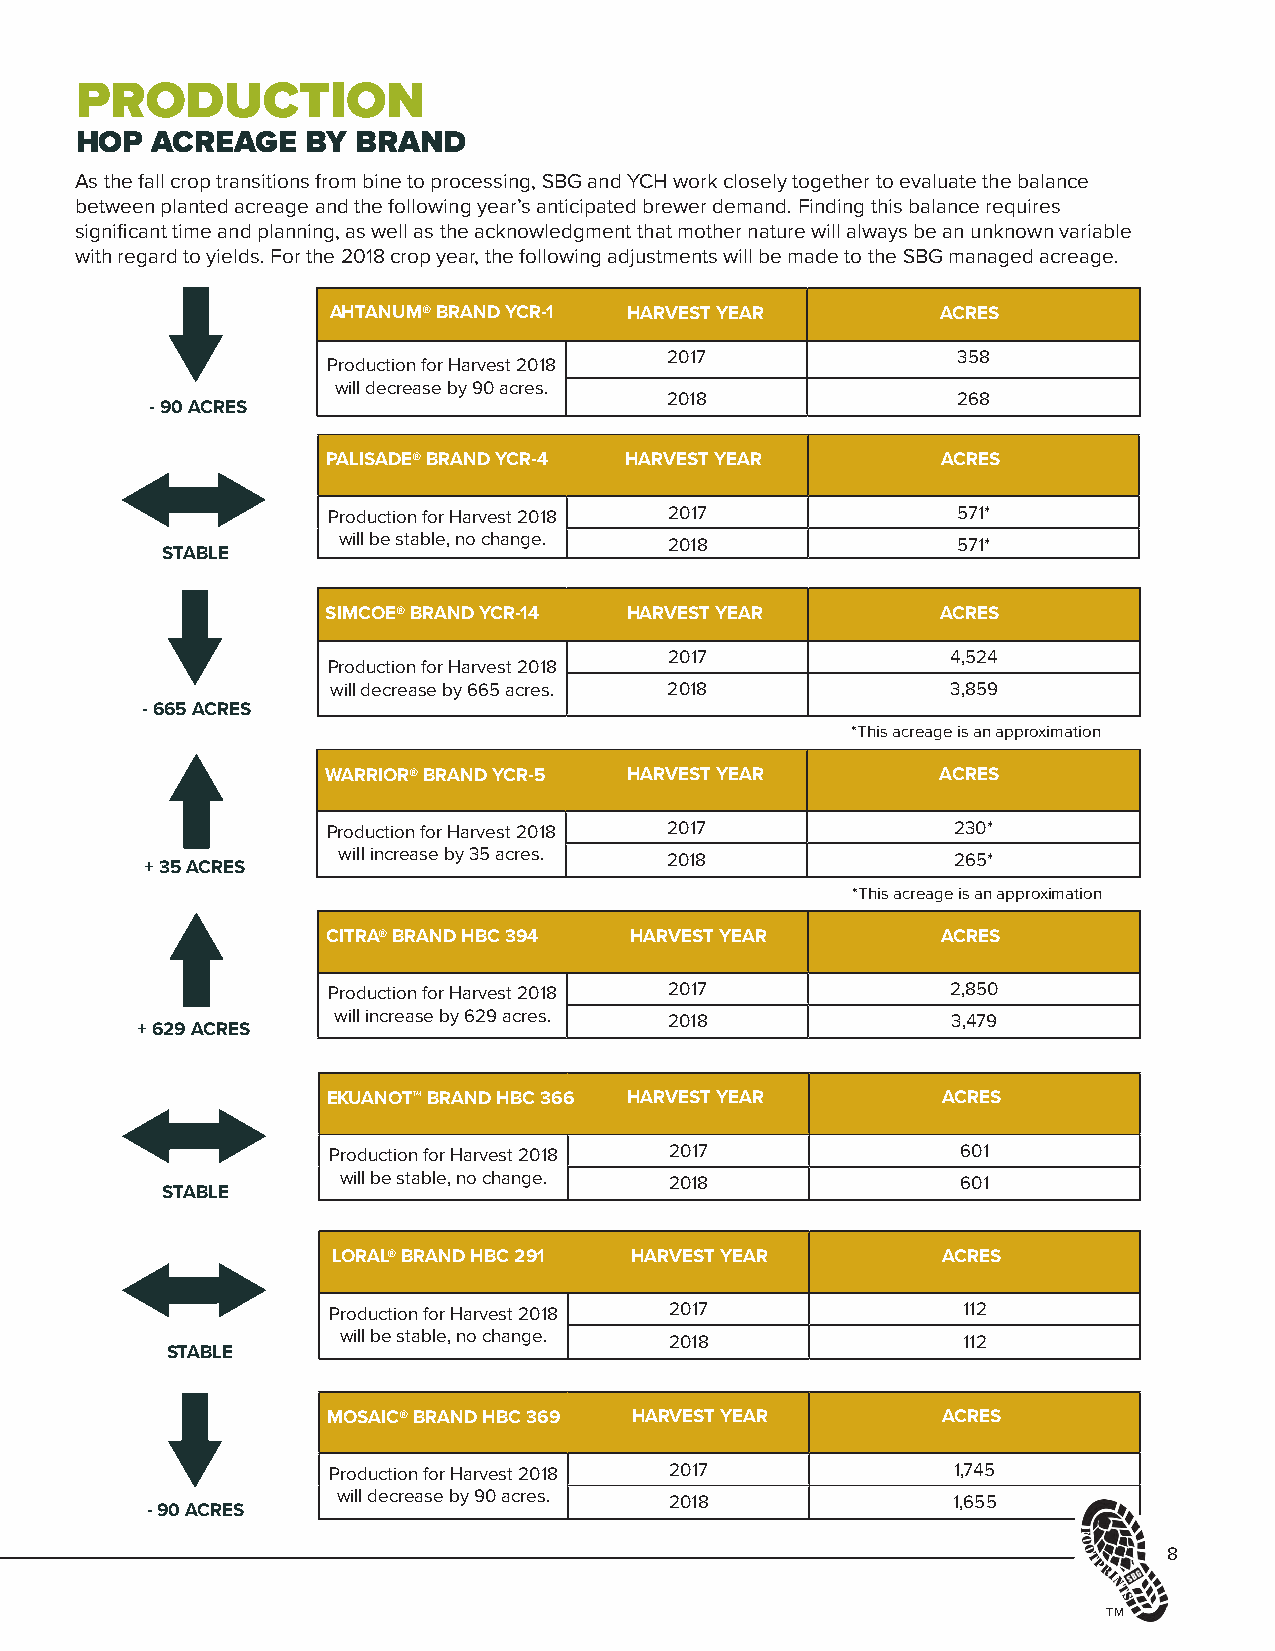
PRODUCTION
 HOP  ACREAGE   BY BRAND
 As the fall crop transitions from bine to processing, SBG and YCH work closely together to evaluate the balance
 between planted acreage and the following year’s anticipated brewer demand. Finding this balance requires
 significant time and planning, as well as the acknowledgment that mother nature will always be an unknown variable
 with regard to yields. For the 2018 crop year, the following adjustments will be made to the SBG managed acreage.
 AHTANUM® BRAND YCR-1 HARVEST YEAR       ACRES
 2017               358
 Production for Harvest 2018
 will decrease by 90 acres.
 - 90 ACRES
 2018               268
 PALISADE® BRAND YCR-4 HARVEST YEAR      ACRES
 Production for Harvest 2018 2017         571*
 will be stable, no change. 2018          571*
 STABLE
 SIMCOE® BRAND YCR-14 HARVEST YEAR       ACRES
 2017               4,524
 Production for Harvest 2018
 will decrease by 665 acres. 2018         3,859
 - 665 ACRES
 *This acreage is an approximation
 WARRIOR® BRAND YCR-5 HARVEST YEAR        ACRES
 Production for Harvest 2018 2017         230*
 will increase by 35 acres. 2018          265*
 + 35 ACRES
 *This acreage is an approximation
 CITRA® BRAND HBC 394 HARVEST YEAR       ACRES
 Production for Harvest 2018 2017         2,850
 will increase by 629 acres. 2018         3,479
 + 629 ACRES
 EKUANOT™ BRAND HBC 366 HARVEST YEAR     ACRES
 Production for Harvest 2018 2017          601
 will be stable, no change. 2018           601
 STABLE
 LORAL® BRAND HBC 291 HARVEST YEAR       ACRES
 Production for Harvest 2018 2017          112
 will be stable, no change. 2018          112
 STABLE
 MOSAIC® BRAND HBC 369 HARVEST YEAR      ACRES
 Production for Harvest 2018 2017         1,745
 will decrease by 90 acres. 2018          1,655
 - 90 ACRES
 8
 TM